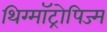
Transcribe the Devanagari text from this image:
थिग्मॉट्रोपिज्म